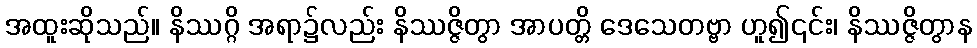
အထူးဆိုသည်။ နိဿဂ္ဂိ အရာ၌လည်း နိဿဇ္ဇိတွာ အာပတ္တိ ဒေသေတဗ္ဗာ ဟူ၍၎င်း၊ နိဿဇ္ဇိတွာန